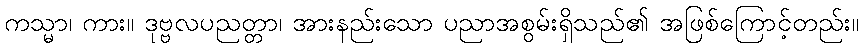
ကသ္မာ၊ ကား။ ဒုဗ္ဗလပညတ္တာ၊ အားနည်းသော ပညာအစွမ်းရှိသည်၏ အဖြစ်ကြောင့်တည်း။